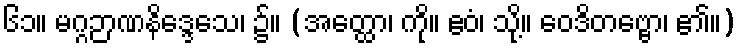
၆၁။ မဂ္ဂဉာဏနိဒ္ဒေသေ၊ ၌။ (အတ္ထော၊ ကို။ ဧဝံ၊ သို့။ ဝေဒိတဗ္ဗော၊ ၏။)